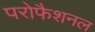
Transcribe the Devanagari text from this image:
परोफैशनल